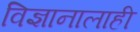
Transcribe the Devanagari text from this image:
विज्ञानालाही